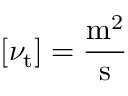
\left[ \nu _ { \mathrm { t } } \right] = { \frac { \mathrm { m ^ { 2 } } } { \mathrm { s } } }